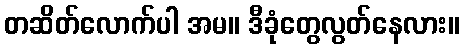
တဆိတ်လောက်ပါ အမ။ ဒီခုံတွေလွတ်နေလား။